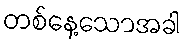
တစ်နေ့သောအခါ